Annual statistical returns and brief notes on vaccination in Bengal - 1887-1898
Year: 1887
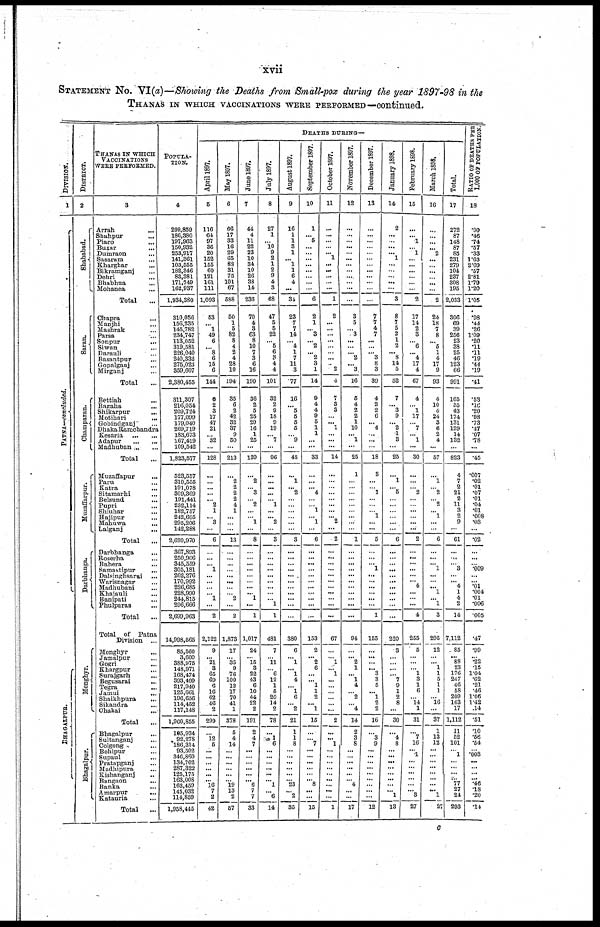
xvii
STATEMENT No. VI(a)—Showing the Deaths from Small-pox during the year 1897-98 in the
THANAS IN WHICH VACCINATIONS WERE PERFORMED—continued.
DIVISION.
1
PATNA—concluded.
BHAGALPUR.
DISTRICT.
2
Shahabad.
Saran.
Champaran.
Muz a f
f
a r
pur .
Darbhanga.
Monghyr.
Bhagalpur.
THANAS IN WHICH
VACCINATIONS
WERE PERFORMED.
3
Arrah...
Shahpur...
Piaro...
Buxar...
Dumraon...
Sasaram...
Kharghar...
Bikramganj...
Dehri...
Bhabhua...
Mohanea...
Total...
Chapra...
Manjhi...
Mashrak...
Parsa...
Sonpur...
Siwan...
Darauli...
Basantpur...
Gopalganj...
Mirganj...
Total
Bettiah...
Bagaha...
Shikarpur...
Motihari...
Gobindganj...
DhakaRamchandra
Kesaria...
Adapur...
Madhuban...
Total
Muzaffapur...
Paru...
Katra...
Sitamarhi...
Belsund...
Pupri...
Shiuhar...
Hajipur...
Mamma...
Lalganj...
Total...
Darbhanga...
Roserha...
Bahera...
Samastipur...
Dalsinghsarai...
Warisnagar...
Madhubani...
Khajauli...
Banipati...
Phulparas...
Total...
Total of Patna
Division ...
Monghyr...
Jamalpur... Gogri...
Khargpur...
Surajgarh...
Begusarai...
Tegra...
Jamui...
Shaikhpura... Sikandra...
Chakai...
Total...
Bhagalpur...
Sultanganj... Colgong...
Behipur...
Supaul...
Pratapganj...
Mudhipura...
Kishanganj...
Bangaon...
Banka...
Amarpur...
Katauria...
Total...
POPULA-
TION.
4
299,859
186,380
197,963
150,932
253,917
141,361
103,555
182,346
83,381
171,749
162,937
1,934,380
310,056
156,235
145,782
234,747
113,052
319,581
226,040
240,332
275,023
359,607
2,380,455
311,307
216,054
209,724
177,099
179,040
269,719
183,673
167,419
109,542
1,823,577
523,557
310,555
191,078
309,369
191,441
232,114
182,757
242,605
295,206
142,288
2,620,970
367,893
250,906
345,559
305,181
262,276
170,992
226,685
228,990
244,815
296,666
2,699,963
14,998,565
85,560
3,609
388,975
148,971
168,474
393,409
217,940
125,661
196,656
114,452
117,148
1,960,855
105,934
92,278
186,314
93,502
346,860
134,702
287,322
125,175
163,008
163,459
145,032
114,859
1,958,445
DEATHS DURING—
April 1897.
5
116
64
97
36
20
152
155
60
121
161
111
1,093
53
... 1
49
6
... 8
6
15
6
144
6
2
3
17
47
21
...
32
...
128
...
...
...
...
... 2
1
...
3
...
6
...
...
... 1
...
...
...
... 1
...
2
2,122
9
...
21
3
65
69
6
16
62
46
2
299
...
12
5
...
... ...
...
...
... 16
7
2
48
May 1897.
6
66
17
33
16
29
65
88
31
75
101
67
538
50
1
5
82
8
4
2
4
28
10
194
35
6
2
42
32
37
9
50
...
213
...
2
2
2
2
4
1
...
...
...
13
...
...
...
...
...
...
...
...
2
...
2
1,873
17
...
35
9
76
100
12
17
70
41
1
378
5
4
14
...
...
...
...
...
...
19
13
2
57
June 1897.
7
44
4
11
22
23
10
34
10
26
38
14
236
70
4
3
63
8
10
7
3
6
16
190
36
2
5
25
29
16
1
25
...
139
...
2
... 3
... 2
... ...
1
...
8
...
...
...
...
...
...
...
... 1
...
1
1,017
24
...
15
3
22
43
6
10
44
22
2
191
2
4
7
...
...
...
...
...
... 6
7
7
33
July 1897.
8
27
1
... 10
9
2
1
2
9
4
3
68
47
5
5
22
... 5
6
3 4
4
101
32
2
9
18
9
19
... 7
...
96
...
...
...
...
... 1
...
...
2
...
3
...
...
...
...
...
...
...
...
... 1
1
481
7
...
11
...
6
12
1
5
20
14
2
78
...
1 6
...
...
...
...
...
... 1
... 6
14
August 1897.
9
16
1
1
3
1
... 1
1
6
4
...
34
23
7
7
14
... 4
1
7
11
3
77
16
... 5
5
5
5
...
9
...
45
...
1
... 2
...
...
...
...
...
...
3
...
...
...
...
...
...
...
...
...
...
...
380
6
...
1
... 1
4
...
1
6
... 2
21
1
1
8
...
...
...
...
...
...
23
... 2
35
September 1897.
10
1
... 5
...
...
...
...
...
...
...
...
6
2
1
... 3
... 2
... 2
3
1
14
9
4
4
9
5
1
1
...
...
33
...
...
... 4
...
... 1
...
1
...
6
...
...
...
...
...
...
...
...
...
...
...
153
2
...
2
6
...
... 1
1
2
... 1
15
...
... 7
...
...
...
...
...
...
8
...
...
15
October 1897.
11
...
...
...
...
... 1
... ...
...
...
...
1
2
...
...
...
...
...
...
...
...
2
4
7
3
3
...
... 1
...
...
...
14
...
...
... ...
...
...
... ...
2
...
2
...
...
...
...
...
...
...
...
...
...
...
67
...
...
1
... 1
...
...
...
...
...
...
2
...
... 1
...
...
...
...
...
...
...
... ...
1
November 1897.
12
...
...
... ...
...
...
...
...
...
...
...
...
3
5
... 3
...
...
... 2
... 3
16
6
4
2
2
1
10
... 1
...
25
1
...
...
...
...
...
...
...
...
...
1
...
...
...
...
...
...
...
...
...
...
...
94
...
...
2
1
... 1
4
... 2
... 4
14
2
3
8
...
...
...
...
...
...
4
...
...
17
December 1897.
13
...
...
...
...
...
...
...
...
...
...
...
...
7
7
4
7
...
...
... 3
8
3
39
4
2
2
6
... 4
...
...
...
18
3
...
... 1
...
...
...
1
...
...
5
...
...
... 1
...
...
...
...
...
...
1
155
...
...
...
... 3
3
5
... 1
2
2
16
...
3
9
...
...
...
...
...
...
...
...
...
12
January 1898.
14
2
...
...
...
... 1
...
...
...
...
...
3
8
7
5
2
1
2
... 8
14
5
52
7
...
3
9
... 2
1
3
...
25
...
...
... 5
...
...
...
...
...
...
6
...
...
...
...
...
...
...
...
...
...
...
220
3
...
...
...
...
7
9
1
2
8
...
30
...
4
8
...
...
...
...
...
...
...
...
1
13
February 1898.
15
...
... ...
... 1
...
...
...
...
...
...
2
17
14
2
3
...
6
... 4
17
4
67
4
...
1
17
...
7
... 1
...
30
...
...
... 2
...
...
...
...
...
...
2
...
...
...
...
... ...
...
...
...
...
4
255
5
...
...
...
1
3
1
6
... 14
1
31
...
7
16
...
...
...
...
...
...
...
...
3
27
March 1898.
16
...
...
...
...
2
...
...
...
...
...
...
2
24
18
7
8
... 5
1
4
17
9
93
4
10
4
24
3
6
2
4
...
57
...
1
...
2
... 2
... 1
...
...
6
...
...
... 1
...
...
... 1
... 1
3
295
12
...
... 1
1
5
1
1
... 16
...
37
1
13
12
...
...
...
...
...
...
...
...
1
27
Total.
17
272
87
148
87
85
231
279
104
237
308
195
2,033
306
69
39
256
23
38
25
46
123
66
991
165
35
43
174
131
129
14
132
...
823
4
7
2
21
2
11
3
2
9
...
61
...
...
...
3
...
...
...
1
4
2
14
7,112
85
...
88
23
176
247
46
58
209
163
17
1,112
11
52
101
...
...
...
...
... ...
77
27
24
293
RATIO OF DEATHS PER
1,000 OF POPULATION.
18
.90
.46
.74
.57
.33
1.63
2.69
.57
2.81
1.79
1.20
1.05
.98
.44
.26
1.09
.20
.11
.11
.19
.44
.19
.41
.53
.16
.20
.98
.73
.47
.07
.78
...
.45
.007
.02
.01
.07
.01
.04
.01
.008
.03
...
.02
...
...
...
.009
...
... .01
.004
.01
.006
.005
.47
.99
...
.22
.15
1.04
.62
.21
.46
1.06
1.42
.14
.51
.10
56
.54
...
...
...
...
... ...
.46
.18
.20
.14
c